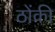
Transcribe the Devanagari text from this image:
ठोंकी